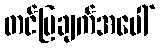
တင်ပြချက်အပေါ်